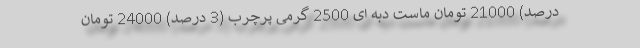
درصد) 21000 تومان ماست دبه ای 2500 گرمی پرچرب (3 درصد) 24000 تومان